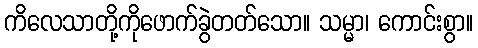
ကိလေသာတို့ကိုဖောက်ခွဲတတ်သော။ သမ္မာ၊ ကောင်းစွာ။